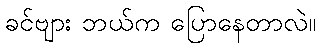
ခင်ဗျား ဘယ်က ပြောနေတာလဲ။